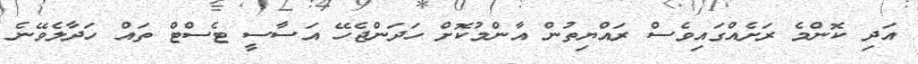
އަދި ކޮންމެ ރަށެއްގައިވެސް ރައްޔިތުން އާންމުކޮށް ހަދަންޖެހޭ އަސާސީ ޓެސްޓް ތައް ހަދާލެވޭނެ